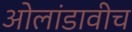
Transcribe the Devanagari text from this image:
ओलांडावीच